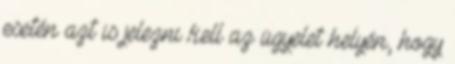
esetén azt is jelezni kell az ügyelet helyén, hogy